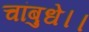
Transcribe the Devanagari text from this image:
चांबुधे।।